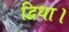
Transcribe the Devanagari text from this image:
द्विधा।